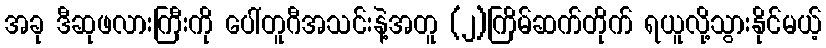
အခု ဒီဆုဖလားကြီးကို ပေါ်တူဂီအသင်းနဲ့အတူ (၂)ကြိမ်ဆက်တိုက် ရယူလို့သွားနိုင်မယ့်